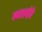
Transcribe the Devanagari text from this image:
म्य्लापोरे